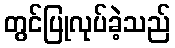
တွင်ပြုလုပ်ခဲ့သည်